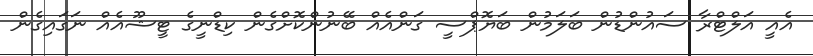
އެއީ އަލްޓްރާ ސައުންޑުން ބަލަމުން ބަޔޮޕްސީ ގަންއެއް ބޭނުންކޮށްގެން ކިޑްނީގެ ޓީޝޫއެއް ނަގައިގެން